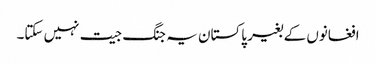
افغانوں کے بغیر پاکستان یہ جنگ جیت نہیں سکتا۔